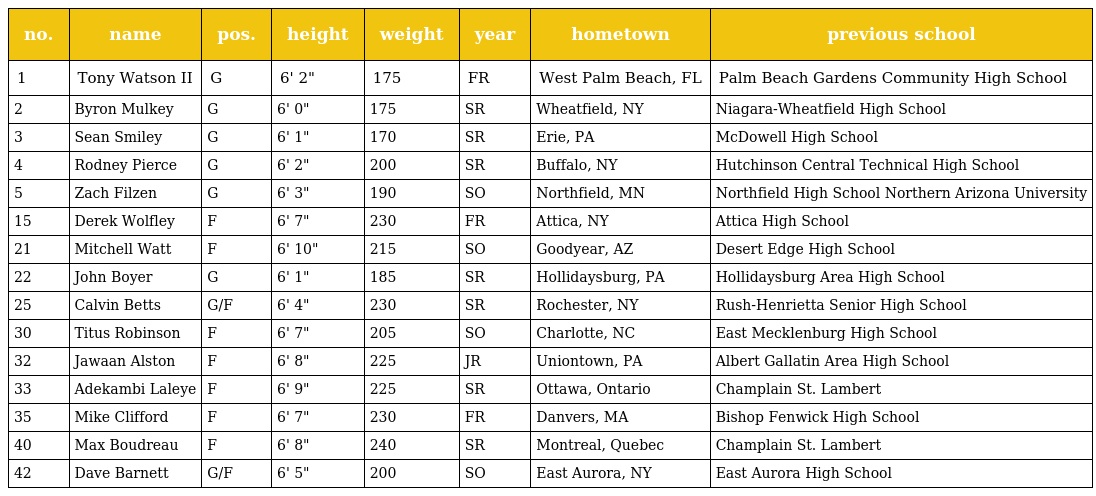
| no. | name | pos. | height | weight | year | hometown | previous school |
 | --- | --- | --- | --- | --- | --- | --- | --- |
 | 1 | Tony Watson II | G | 6' 2" | 175 | FR | West Palm Beach, FL | Palm Beach Gardens Community High School |
 | 2 | Byron Mulkey | G | 6' 0" | 175 | SR | Wheatfield, NY | Niagara-Wheatfield High School |
 | 3 | Sean Smiley | G | 6' 1" | 170 | SR | Erie, PA | McDowell High School |
 | 4 | Rodney Pierce | G | 6' 2" | 200 | SR | Buffalo, NY | Hutchinson Central Technical High School |
 | 5 | Zach Filzen | G | 6' 3" | 190 | SO | Northfield, MN | Northfield High School Northern Arizona University |
 | 15 | Derek Wolfley | F | 6' 7" | 230 | FR | Attica, NY | Attica High School |
 | 21 | Mitchell Watt | F | 6' 10" | 215 | SO | Goodyear, AZ | Desert Edge High School |
 | 22 | John Boyer | G | 6' 1" | 185 | SR | Hollidaysburg, PA | Hollidaysburg Area High School |
 | 25 | Calvin Betts | G/F | 6' 4" | 230 | SR | Rochester, NY | Rush-Henrietta Senior High School |
 | 30 | Titus Robinson | F | 6' 7" | 205 | SO | Charlotte, NC | East Mecklenburg High School |
 | 32 | Jawaan Alston | F | 6' 8" | 225 | JR | Uniontown, PA | Albert Gallatin Area High School |
 | 33 | Adekambi Laleye | F | 6' 9" | 225 | SR | Ottawa, Ontario | Champlain St. Lambert |
 | 35 | Mike Clifford | F | 6' 7" | 230 | FR | Danvers, MA | Bishop Fenwick High School |
 | 40 | Max Boudreau | F | 6' 8" | 240 | SR | Montreal, Quebec | Champlain St. Lambert |
 | 42 | Dave Barnett | G/F | 6' 5" | 200 | SO | East Aurora, NY | East Aurora High School |